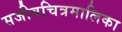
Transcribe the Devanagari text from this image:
सजीवचित्रमालिका